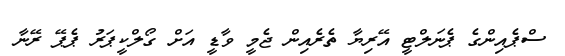
ސްޕެއިންގެ ޕެނަލްޓީ އޭރިޔާ ތެރެއިން ޖެމީ ވާޑީ އަށް ގޯލްކީޕަރު ޕެޕޭ ރޭނާ